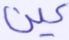
عين